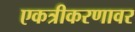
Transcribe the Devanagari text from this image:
एकत्रीकरणावर